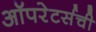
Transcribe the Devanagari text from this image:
ऑपरेटर्सची